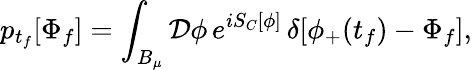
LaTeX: p_{t_{f}}[\Phi_{f}]=\int_{B_{\mu}}{\cal D}\phi\, e^{iS_{C}[\phi]}\, \delta[\phi_{+}(t_{f})-\Phi_{f}],